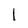
Character: l